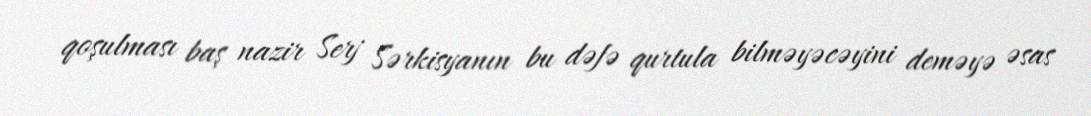
qoşulması baş nazir Serj Sərkisyanın bu dəfə qurtula bilməyəcəyini deməyə əsas